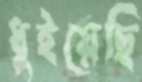
ধুইয়েছি